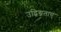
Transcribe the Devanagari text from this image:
उद्विग्नताएं